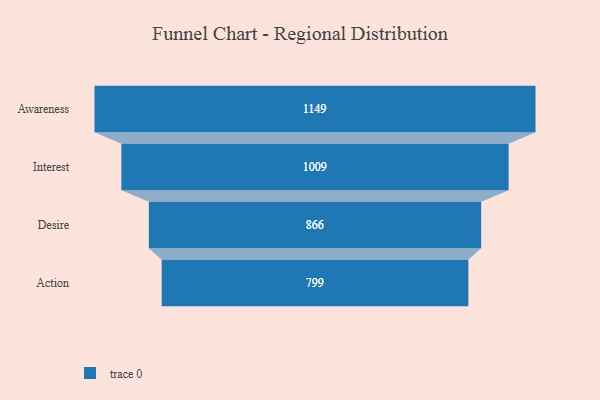
{"axis": {"x": "Stage", "y": "Value"}, "legend": [""], "data": [{"x": "Awareness", "y": 1149.0, "type": ""}, {"x": "Interest", "y": 1009.0, "type": ""}, {"x": "Desire", "y": 866.0, "type": ""}, {"x": "Action", "y": 799.0, "type": ""}]}